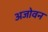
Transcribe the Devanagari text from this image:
अजोवन